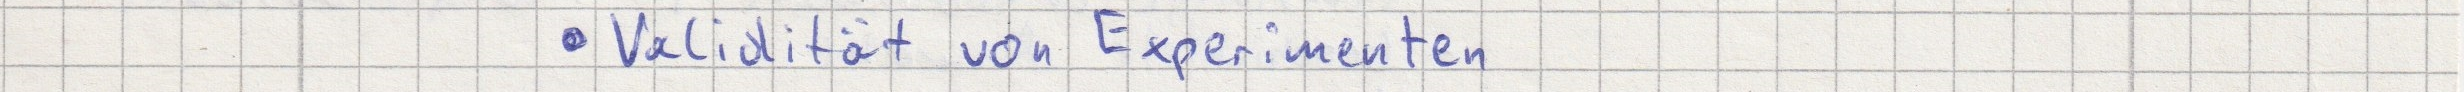
- Validität von Experimenten